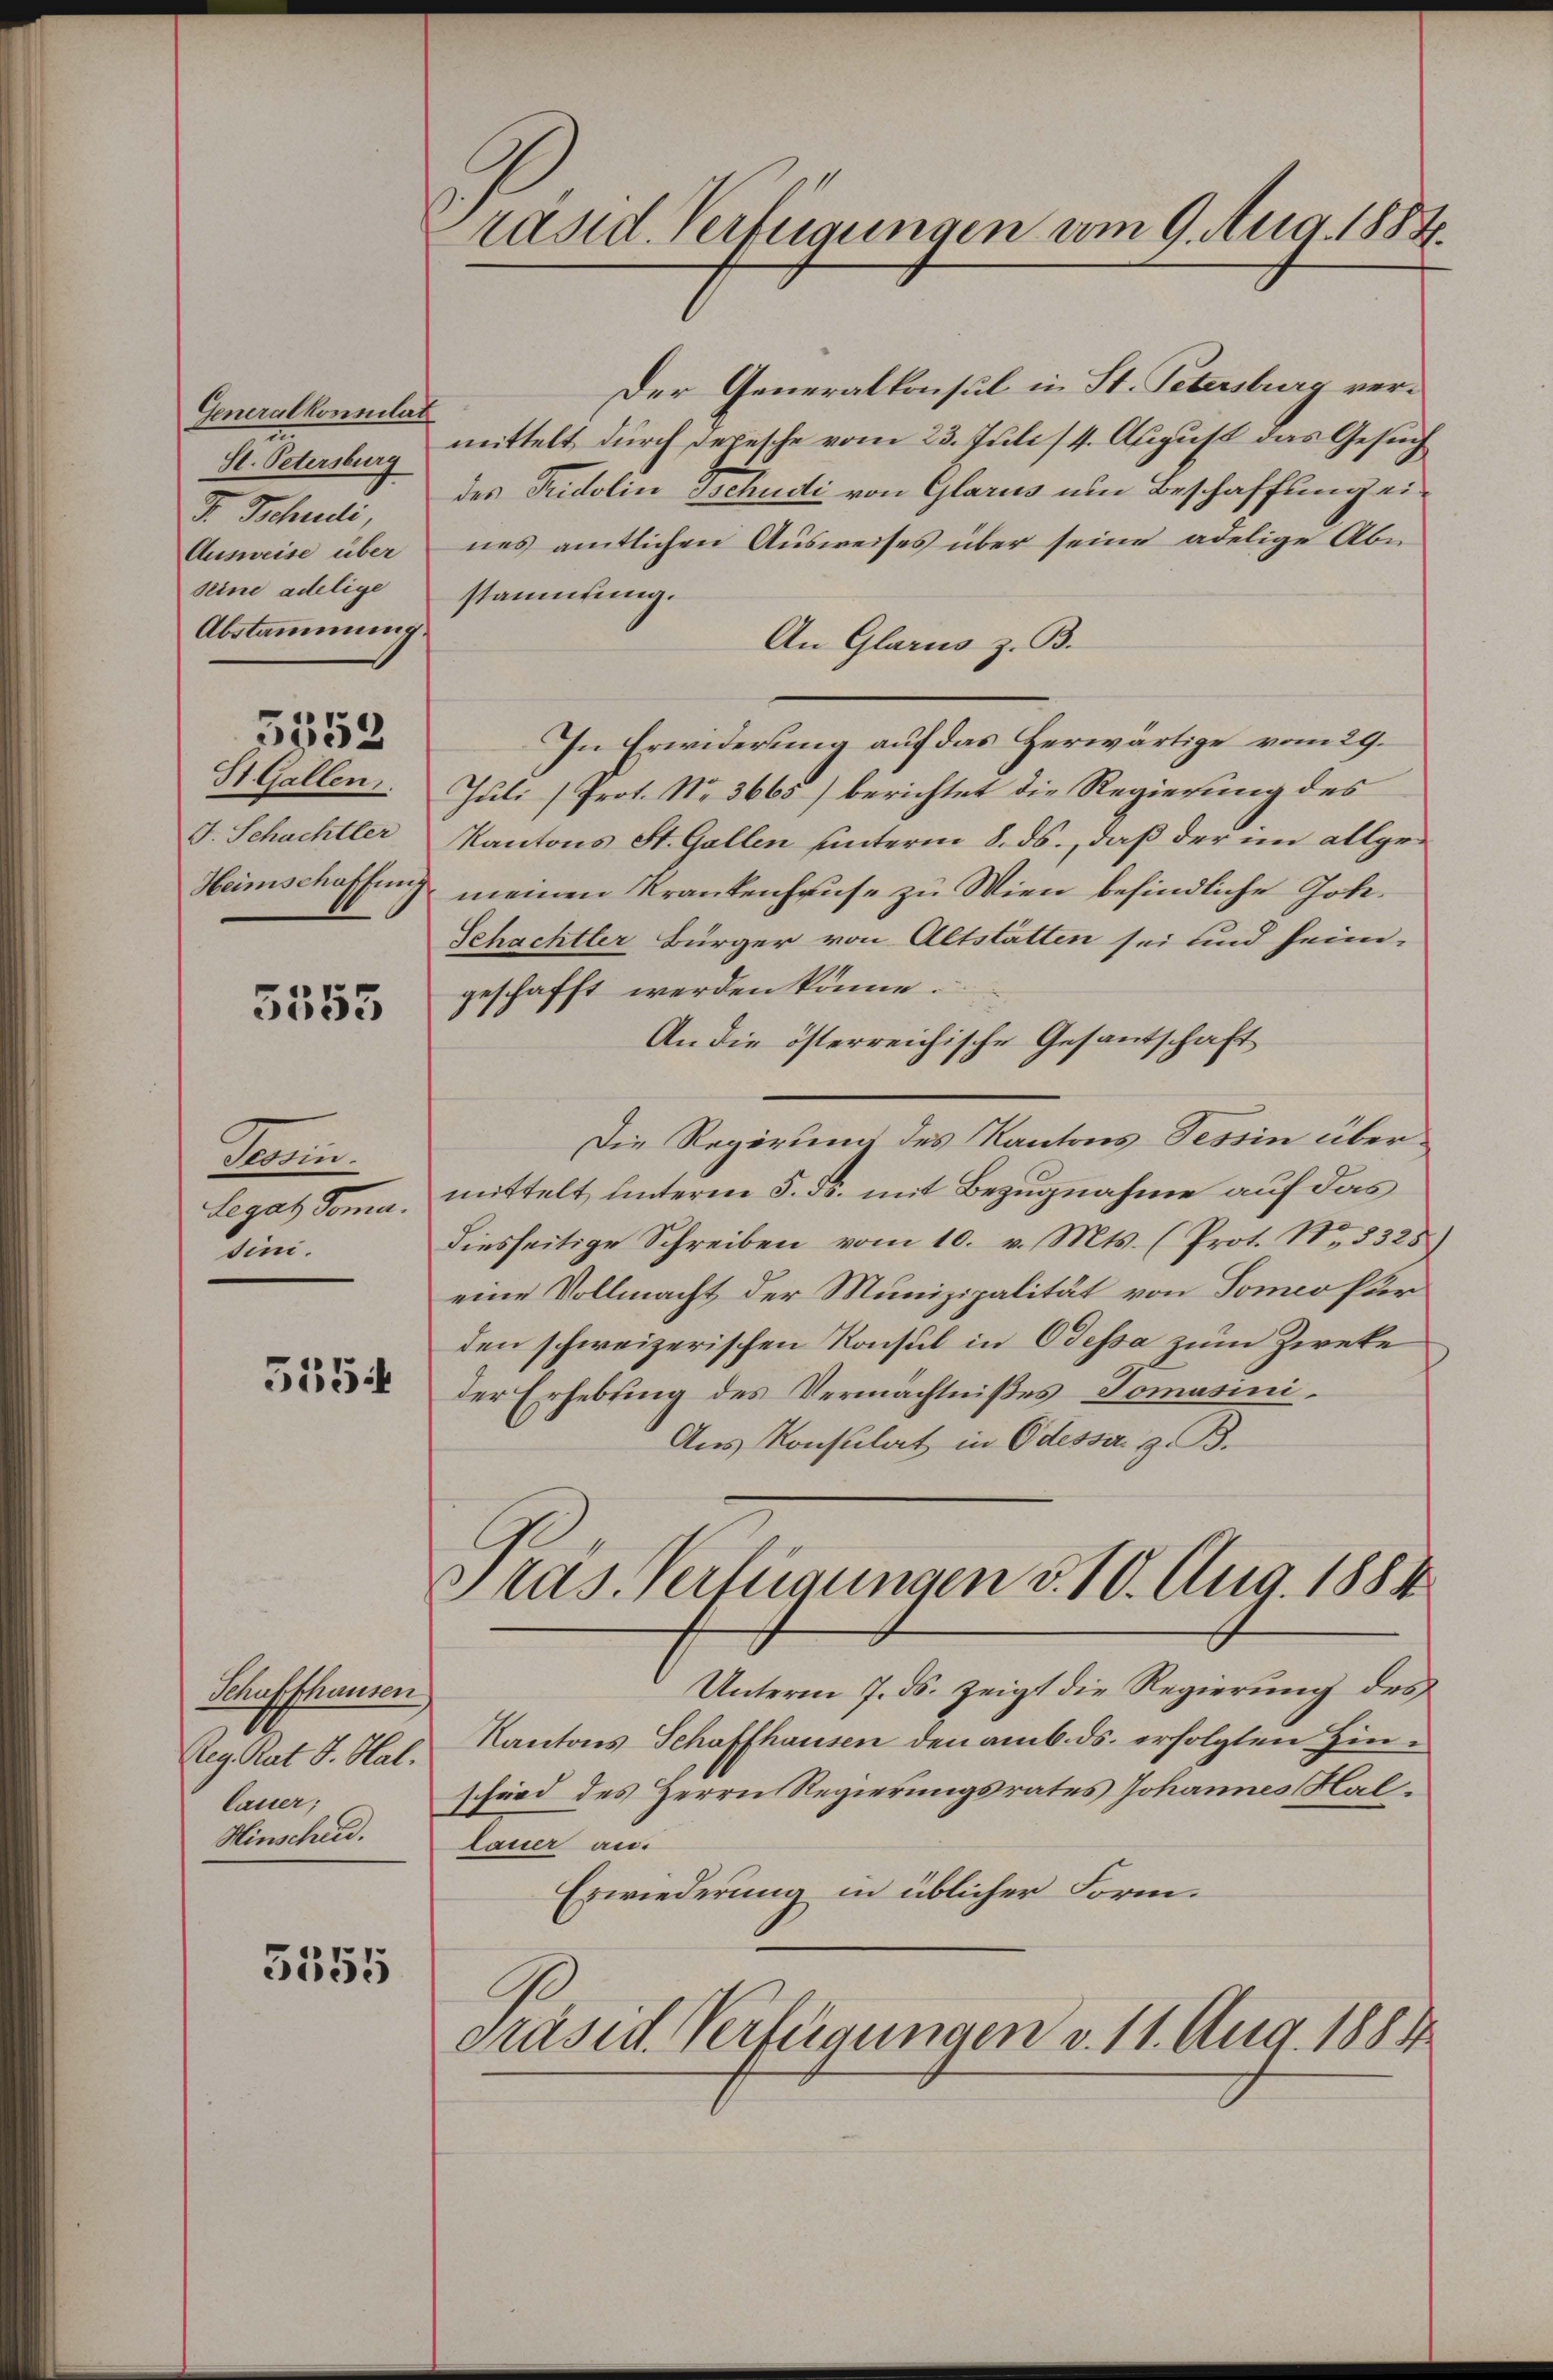
Generalkonsular
St. Petersburg
F. Tschudi
Ausweise über
seine adelige
Abstammung.

St. Gallen,
F. Schachtler
Heimschaffung

5552

5555

Tri
Legat Toma.
sini.

5554

Schaffhausen
Reg. Rat S. Stal.
lauer,
Hinscheid.

5555

Präsid. Verfügungen vom 9. Aug. 1884.

Der Generalkonsul in St. Petersburg verf
mittelt durch Depesche vom 23. Juli 14. August das Gesuch
des Tridolin Tschudi von Glarus um Beschaffung eines amtlichen Ausweises über seine adelige Abn
stammlung.
An Glarus z. B.
In Erwiderung auf das Herwärtige vom 29.
Juli (Prot. No. 3665) berichtet die Regierung des
Kantons St. Gallen unterm 8. ds., daß der im allgemeinen Krankenhause zu Wien befindliche Joh.
Schachtler Bürger von Altstatten sei und heim-
geschafft werden könne.
An die österreichische Gesantschaft
Die Regierung des Kantons Tessin übermittelt unterm 5. ds. mit Bezugnahme auf das
diesseitige Schreiben vom 10. v. Mts. (Prot. No. 5325)
eine Vollmacht der Munizipalität von Someo fuer
den schweizerischen Konsul in Odessa zum Zweke
der Erhebung des Vermächtnißes Tomasini¬
Aus Konsulat in Odesser z. B.
Pras Verfügungen d. 10. Aug. 1884
Unterm 7. ds. zeigt die Regierŭng des
Kantons Schaffhausen den amb. ds. erfolgten Hinschied des Herrn Regierungsrates Johannes Hal¬
Lauer an.
Erwiederung in üblicher Form.
Präsid. Verfügungen v. 11. Aug. 1881